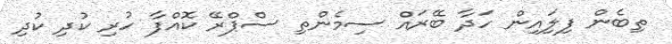
ތިބެން ފިލަިއިން ހަދާ ބޭރައް ސިމެންތި ސްޕްރޭ ކޮއްފާ ހުރި ކުދި ކުދި